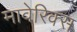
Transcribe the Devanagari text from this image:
मावेरिक्स